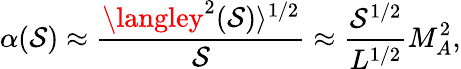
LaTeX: \alpha(\mathcal{S})\approx\frac{{\langley^{2}(\mathcal{S})\rangle^{1/2}}}{{\mathcal{S}}}\approx\frac{{\mathcal{S}^{1/2}}}{{L^{1/2}}}M_{A}^{2},